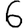
Digit: 6